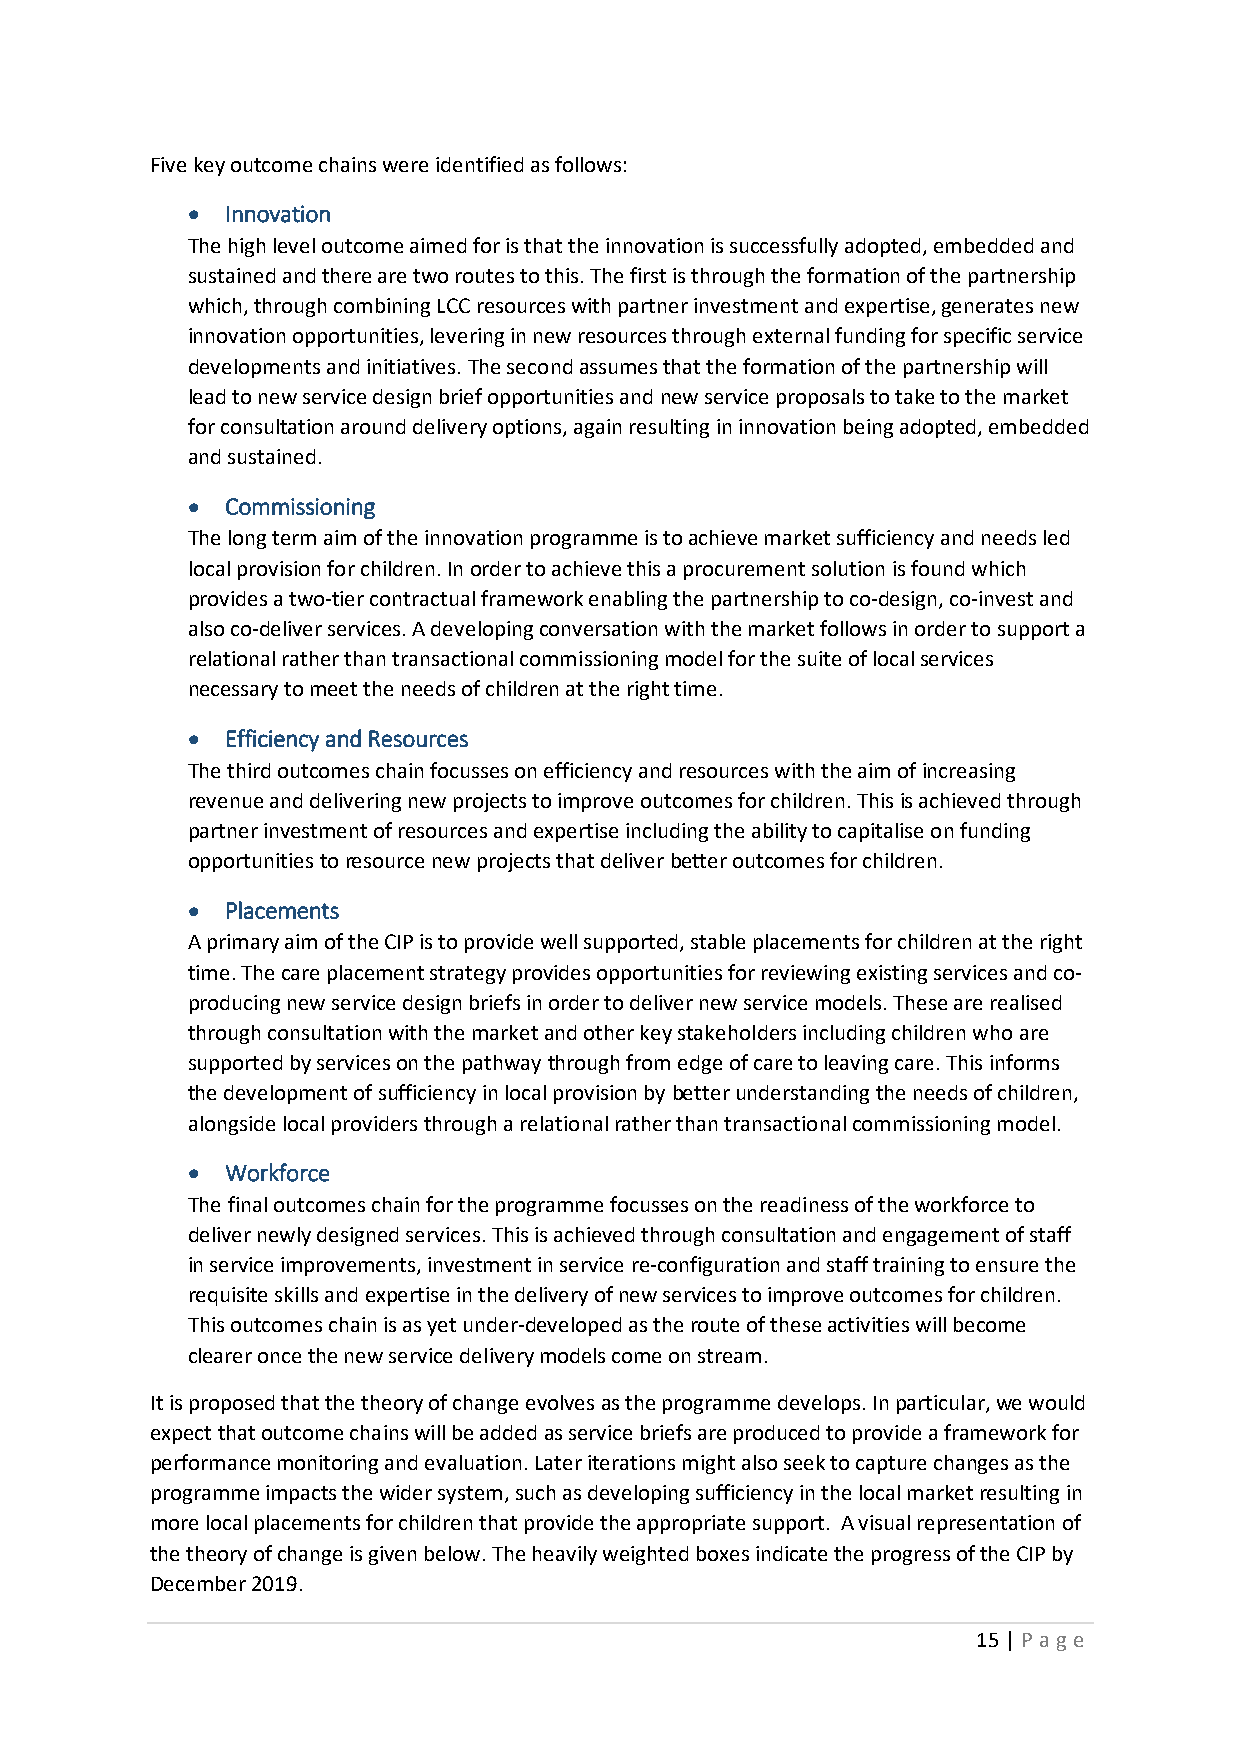
Five key outcome chains were identified as follows:
 •  Innovation
 The high level outcome aimed for is that the innovation is successfully adopted, embedded and
 sustained and there are two routes to this. The first is through the formation of the partnership
 which, through combining LCC resources with partner investment and expertise, generates new
 innovation opportunities, levering in new resources through external funding for specific service
 developments and initiatives. The second assumes that the formation of the partnership will
 lead to new service design brief opportunities and new service proposals to take to the market
 for consultation around delivery options, again resulting in innovation being adopted, embedded
 and sustained.
 •  Commissioning
 The long term aim of the innovation programme is to achieve market sufficiency and needs led
 local provision for children. In order to achieve this a procurement solution is found which
 provides a two-tier contractual framework enabling the partnership to co-design, co-invest and
 also co-deliver services. A developing conversation with the market follows in order to support a
 relational rather than transactional commissioning model for the suite of local services
 necessary to meet the needs of children at the right time.
 •  Efficiency and Resources
 The third outcomes chain focusses on efficiency and resources with the aim of increasing
 revenue and delivering new projects to improve outcomes for children. This is achieved through
 partner investment of resources and expertise including the ability to capitalise on funding
 opportunities to resource new projects that deliver better outcomes for children.
 •  Placements
 A primary aim of the CIP is to provide well supported, stable placements for children at the right
 time. The care placement strategy provides opportunities for reviewing existing services and co-
 producing new service design briefs in order to deliver new service models. These are realised
 through consultation with the market and other key stakeholders including children who are
 supported by services on the pathway through from edge of care to leaving care. This informs
 the development of sufficiency in local provision by better understanding the needs of children,
 alongside local providers through a relational rather than transactional commissioning model.
 •  Workforce
 The final outcomes chain for the programme focusses on the readiness of the workforce to
 deliver newly designed services. This is achieved through consultation and engagement of staff
 in service improvements, investment in service re-configuration and staff training to ensure the
 requisite skills and expertise in the delivery of new services to improve outcomes for children.
 This outcomes chain is as yet under-developed as the route of these activities will become
 clearer once the new service delivery models come on stream.
 It is proposed that the theory of change evolves as the programme develops. In particular, we would
 expect that outcome chains will be added as service briefs are produced to provide a framework for
 performance monitoring and evaluation. Later iterations might also seek to capture changes as the
 programme impacts the wider system, such as developing sufficiency in the local market resulting in
 more local placements for children that provide the appropriate support. A visual representation of
 the theory of change is given below. The heavily weighted boxes indicate the progress of the CIP by
 December 2019.
 15 | P age